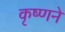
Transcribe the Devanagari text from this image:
कृष्‍णने